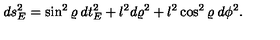
d s _ { E } ^ { 2 } = \sin ^ { 2 } \varrho \: d t _ { E } ^ { 2 } + l ^ { 2 } d \varrho ^ { 2 } + l ^ { 2 } \cos ^ { 2 } \varrho \: d \phi ^ { 2 } .